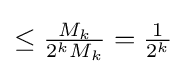
\leq {\tfrac {M_{k}}{2^{k}M_{k}}}={\tfrac {1}{2^{k}}}